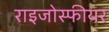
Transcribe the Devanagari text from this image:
राइजोस्फीयर